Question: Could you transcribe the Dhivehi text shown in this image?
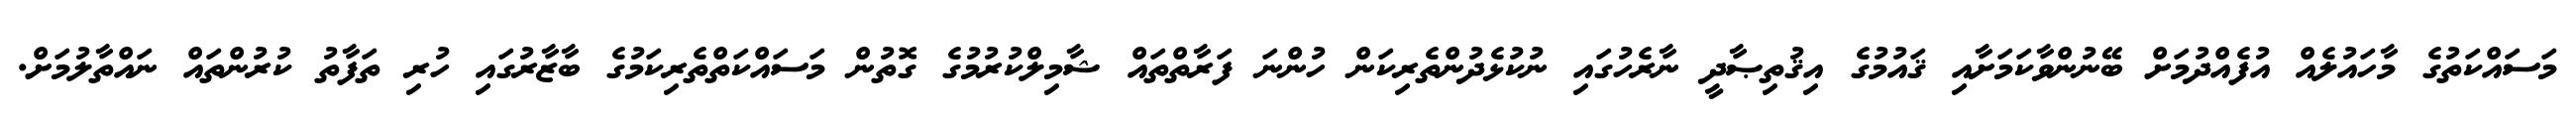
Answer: މަސައްކަތުގެ މާހައުލެއް އުފެއްދުމަށް ބޭނުންވާކަމަށާއި ޤައުމުގެ އިޤުތިޞާދީ ނާރެހުގައި ނުކުޅެދުންތެރިކަން ހުންނަ ފަރާތްތައް ޝާމިލްކުރުމުގެ ގޮތުން މަސައްކަތްތެރިކަމުގެ ބާޒާރުގައި ހުރި ތަފާތު ކުރުންތައް ނައްތާލުމަށް.